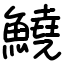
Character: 鱙